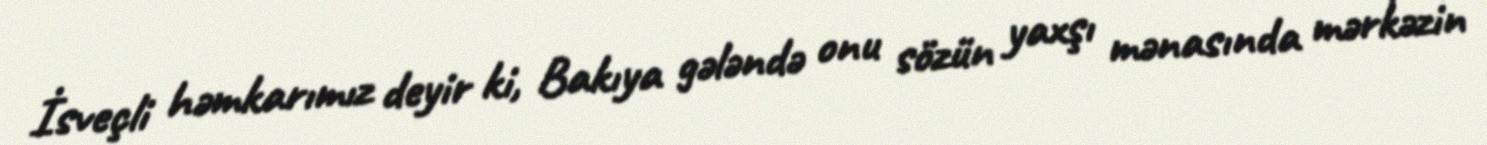
İsveçli həmkarımız deyir ki, Bakıya gələndə onu sözün yaxşı mənasında mərkəzin